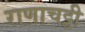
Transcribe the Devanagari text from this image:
राणाचट्टी